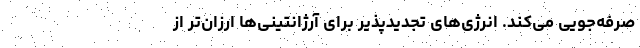
صرفه‌جویی می‌کند. انرژی‌های تجدیدپذیر برای آرژانتینی‌ها ارزان‌تر از